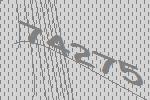
74275